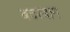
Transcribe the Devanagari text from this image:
बदरबाग